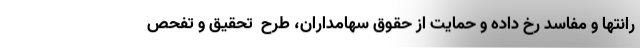
رانتها و مفاسد رخ داده و حمایت از حقوق سهامداران، طرح  تحقیق و تفحص